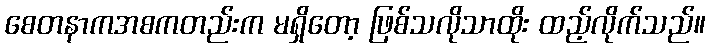
စေတနာကအစကတည်းက မရှိတော့ ဖြစ်သလိုသာထိုး ထည့်လိုက်သည်။